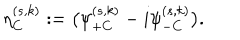
LaTeX: \eta _ { C } ^ { ( s , k ) } : = \bigl ( \psi _ { + C } ^ { ( s , k ) } - i \psi _ { - C } ^ { ( s , k ) } \bigr ) .